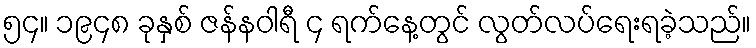
၅၄။ ၁၉၄၈ ခုနှစ် ဇန်နဝါရီ ၄ ရက်နေ့တွင် လွတ်လပ်ရေးရခဲ့သည်။